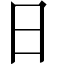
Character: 日